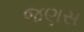
જણસ